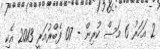
2 އަހަރު 6 މަސް ކުރިން - 07 ފެބްރުއަރީ 2013 އެކި